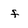
Character: f